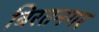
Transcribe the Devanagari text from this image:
बिरतनगर